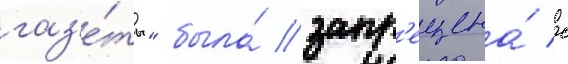
газ'е́ты" была́ запр'ещена́ с